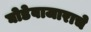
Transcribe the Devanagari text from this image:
घोडेबाजाराचे